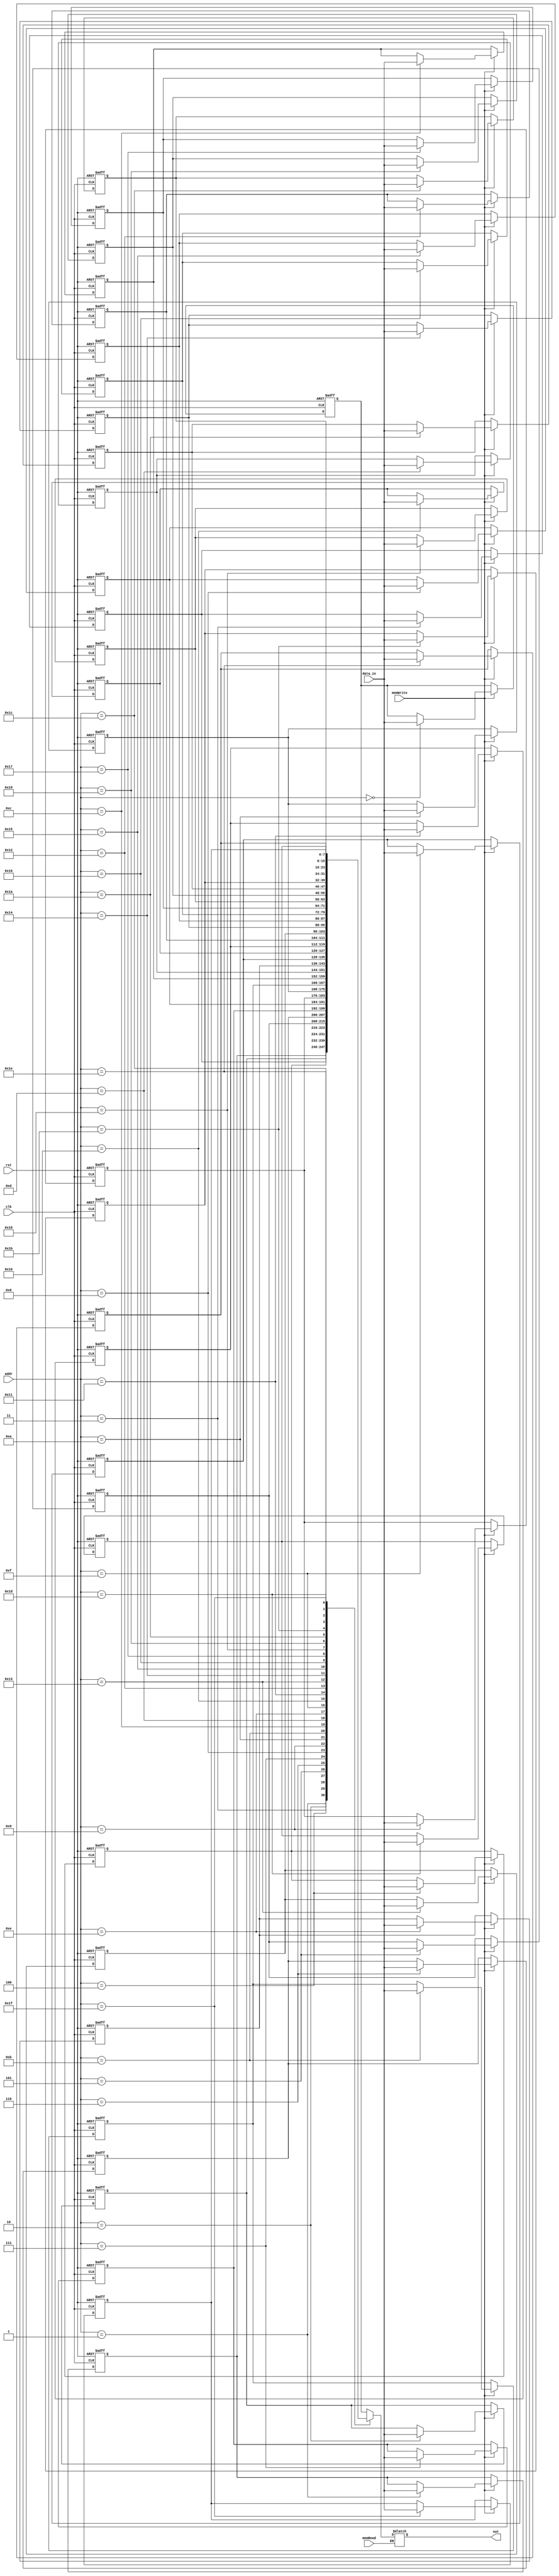
`timescale 1ns / 1ps
//////////////////////////////////////////////////////////////////////////////////
// Company: 
// Engineer: 
// 
// Design Name: 
// Module Name:    Memory8 
// Project Name: 
// Target Devices: 
// Tool versions: 
// Description: 
//
// Dependencies: 
//
// Revision: 
// Revision 0.01 - File Created
// Additional Comments: 
//
//////////////////////////////////////////////////////////////////////////////////
(*ram_style ="block"*)
module Memory8 (input clk, input rst, input[7:0] data_in,input[4:0] addr,
                 input memWrite,input memRead, output reg[7:0] out);
  
 reg [7:0] dataMem [31:0];
 integer i;
 
 always@(posedge clk, posedge rst)
  begin
    if(rst)
      begin
        for(i = 0; i< 32 ; i = i + 1)
          dataMem[i] <= 8'd0;
      end
    else if(memWrite)
      dataMem[addr] <= data_in;
  end
  
 always@ (memRead, addr)
  begin
    if(memRead) begin
      out <= dataMem[addr];
      end
		else
		begin end
  end
  
  
 
endmodule